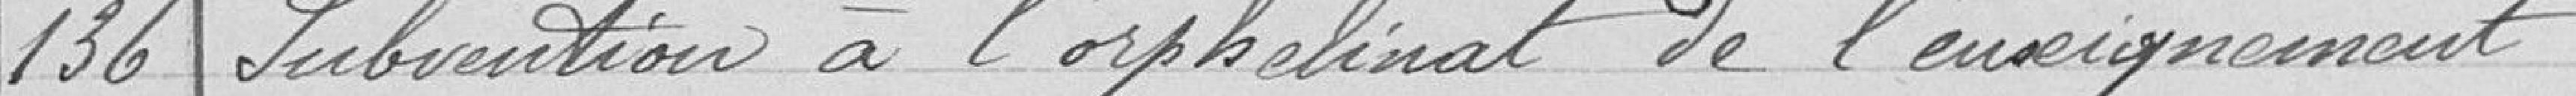
136 Subvention à l'orphelinat de l'enseignement